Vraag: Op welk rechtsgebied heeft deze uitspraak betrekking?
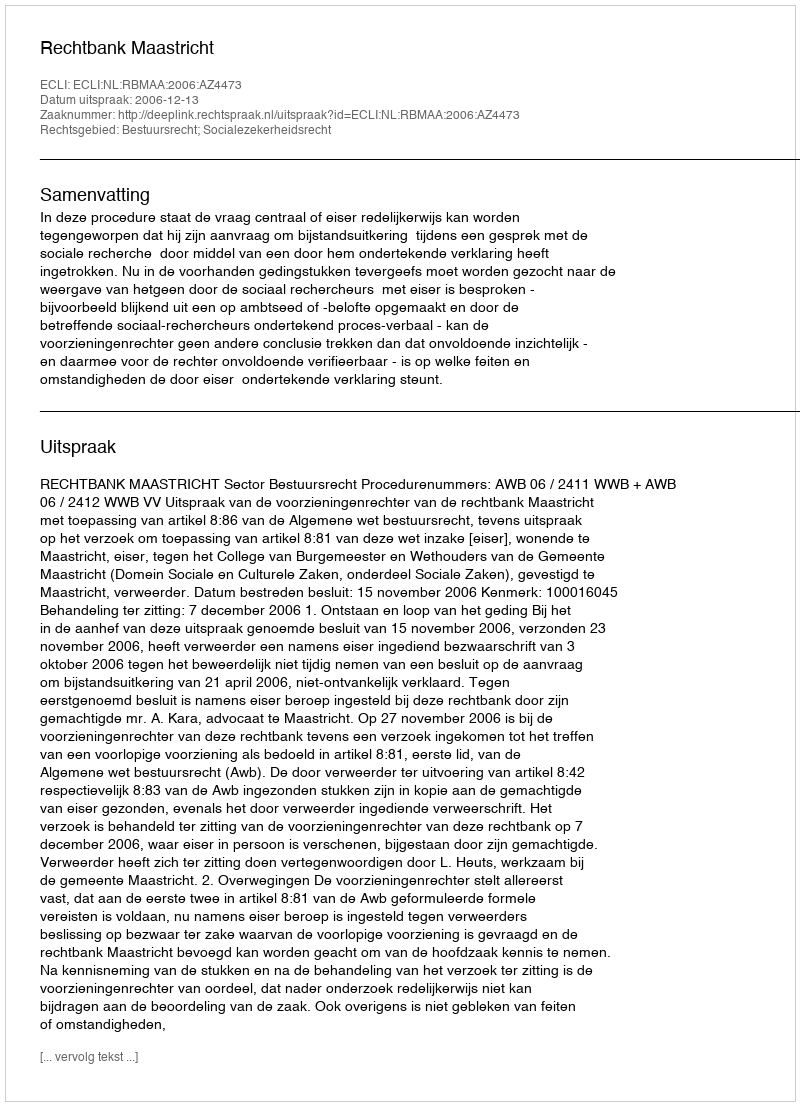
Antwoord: Bestuursrecht; Socialezekerheidsrecht